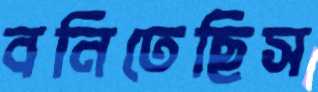
বনিতেছিস